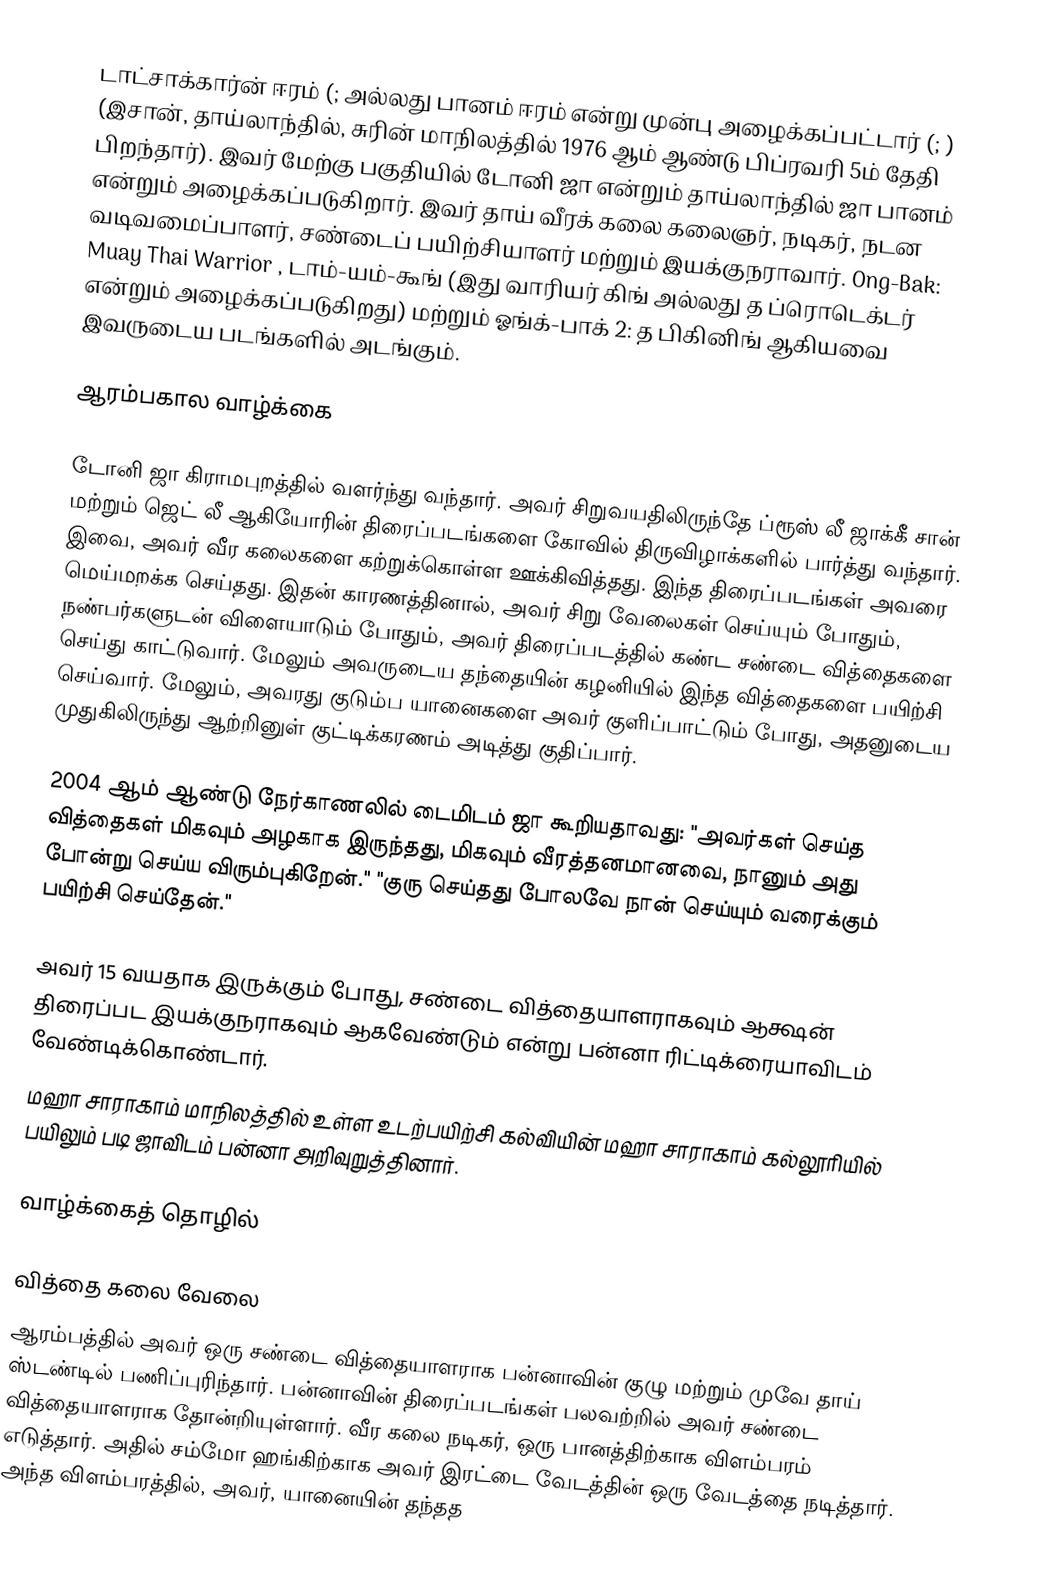
டாட்சாக்கார்ன் ஈரம் (; அல்லது பானம் ஈரம் என்று முன்பு அழைக்கப்பட்டார் (; ) (இசான், தாய்லாந்தில், சுரின் மாநிலத்தில் 1976 ஆம் ஆண்டு பிப்ரவரி 5ம் தேதி பிறந்தார்). இவர் மேற்கு பகுதியில் டோனி ஜா என்றும் தாய்லாந்தில் ஜா பானம் என்றும் அழைக்கப்படுகிறார். இவர் தாய் வீரக் கலை கலைஞர், நடிகர், நடன வடிவமைப்பாளர், சண்டைப் பயிற்சியாளர் மற்றும் இயக்குநராவார். Ong-Bak: Muay Thai Warrior , டாம்-யம்-கூங் (இது வாரியர் கிங் அல்லது த ப்ரொடெக்டர் என்றும் அழைக்கப்படுகிறது) மற்றும் ஓங்க்-பாக் 2: த பிகினிங் ஆகியவை இவருடைய படங்களில் அடங்கும்.

ஆரம்பகால வாழ்க்கை

டோனி ஜா கிராமபுறத்தில் வளர்ந்து வந்தார். அவர் சிறுவயதிலிருந்தே ப்ரூஸ் லீ ஜாக்கீ சான் மற்றும் ஜெட் லீ ஆகியோரின் திரைப்படங்களை கோவில் திருவிழாக்களில் பார்த்து வந்தார். இவை, அவர் வீர கலைகளை கற்றுக்கொள்ள ஊக்கிவித்தது. இந்த திரைப்படங்கள் அவரை மெய்மறக்க செய்தது. இதன் காரணத்தினால், அவர் சிறு வேலைகள் செய்யும் போதும், நண்பர்களுடன் விளையாடும் போதும், அவர் திரைப்படத்தில் கண்ட சண்டை வித்தைகளை செய்து காட்டுவார். மேலும் அவருடைய தந்தையின் கழனியில் இந்த வித்தைகளை பயிற்சி செய்வார். மேலும், அவரது குடும்ப யானைகளை அவர் குளிப்பாட்டும் போது, அதனுடைய முதுகிலிருந்து ஆற்றினுள் குட்டிக்கரணம் அடித்து குதிப்பார்.

2004 ஆம் ஆண்டு நேர்காணலில் டைமிடம் ஜா கூறியதாவது: "அவர்கள் செய்த வித்தைகள் மிகவும் அழகாக இருந்தது, மிகவும் வீரத்தனமானவை, நானும் அது போன்று செய்ய விரும்புகிறேன்." "குரு செய்தது போலவே நான் செய்யும் வரைக்கும் பயிற்சி செய்தேன்."

அவர் 15 வயதாக இருக்கும் போது, சண்டை வித்தையாளராகவும் ஆக்ஷன் திரைப்பட இயக்குநராகவும் ஆகவேண்டும் என்று பன்னா ரிட்டிக்ரையாவிடம் வேண்டிக்கொண்டார்.
மஹா சாராகாம் மாநிலத்தில் உள்ள உடற்பயிற்சி கல்வியின் மஹா சாராகாம் கல்லூரியில் பயிலும் படி ஜாவிடம் பன்னா அறிவுறுத்தினார்.

வாழ்க்கைத் தொழில்

வித்தை கலை வேலை
ஆரம்பத்தில் அவர் ஒரு சண்டை வித்தையாளராக பன்னாவின் குழு மற்றும் முவே தாய் ஸ்டண்டில் பணிப்புரிந்தார். பன்னாவின் திரைப்படங்கள் பலவற்றில் அவர் சண்டை வித்தையாளராக தோன்றியுள்ளார். வீர கலை நடிகர், ஒரு பானத்திற்காக விளம்பரம் எடுத்தார். அதில் சம்மோ ஹங்கிற்காக அவர் இரட்டை வேடத்தின் ஒரு வேடத்தை நடித்தார். அந்த விளம்பரத்தில், அவர், யானையின் தந்தத